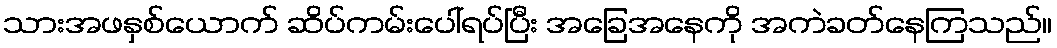
သားအဖနှစ်ယောက် ဆိပ်ကမ်းပေါ်ရပ်ပြီး အခြေအနေကို အကဲခတ်နေကြသည်။